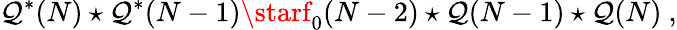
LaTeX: \mathcal{Q}^{*}(N)\star\mathcal{Q}^{*}(N-1)\starf_{0}(N-2)\star\mathcal{Q}(N-1)\star\mathcal{Q}(N)~,